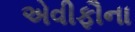
એવીફૌના